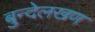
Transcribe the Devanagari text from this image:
बुन्देलखण